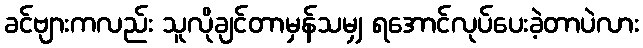
ခင်ဗျားကလည်း သူလိုချင်တာမှန်သမျှ ရအောင်လုပ်ပေးခဲ့တာပဲလား